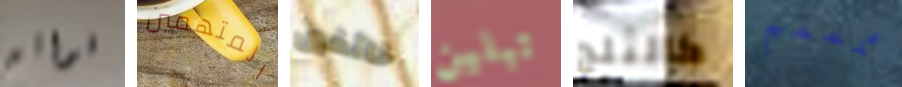
فواتير المتهمين خائفين تبلين كالثلج ممممم